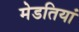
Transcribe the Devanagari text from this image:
मेडतियां